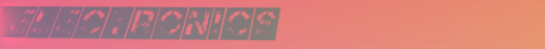
Electronics